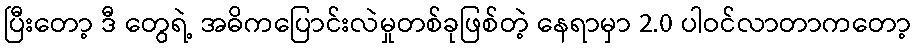
ပြီးတော့ ဒီ တွေရဲ့ အဓိကပြောင်းလဲမှုတစ်ခုဖြစ်တဲ့ နေရာမှာ 2.0 ပါဝင်လာတာကတော့